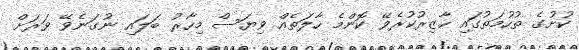
ކުށުގެ ތުހުމަތުގައި ހާޒިރުކުރެވޭ ކޮންމެ ހާލަތެއް ވިޔަސް މިހާރު ބަލައި ނުގަނެވޭ ވަރަށް